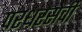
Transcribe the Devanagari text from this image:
परधरसेवी